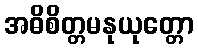
အဓိစိတ္တမနုယုတ္တော